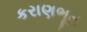
કરાણભૂત